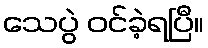
သေပွဲ ဝင်ခဲ့ရပြီ။